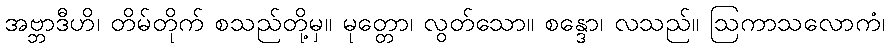
အဗ္ဘာဒီဟိ၊ တိမ်တိုက် စသည်တို့မှ။ မုတ္တော၊ လွတ်သော။ စန္ဒော၊ လသည်။ ဩကာသလောကံ၊